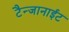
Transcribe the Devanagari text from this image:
टैन्जानाईट